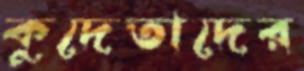
কুদেতাদের